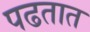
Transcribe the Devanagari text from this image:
पढतात